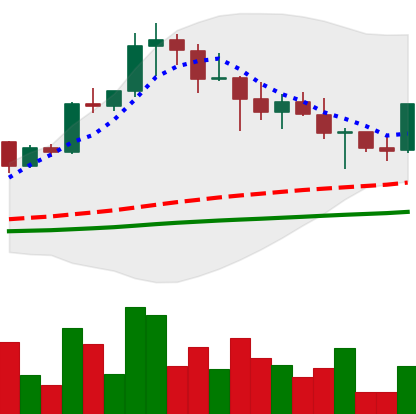
Ticker: XRP-USD
Chart end date: 2021-04-26
Forward return: 20.644%
Label: up_7plus